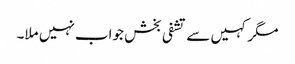
مگر کہیں سے تشفی بخش جواب نہیں ملا۔